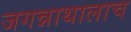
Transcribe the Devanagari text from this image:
जगन्नाथालाच